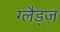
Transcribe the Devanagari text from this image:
ग्लैड्ज़